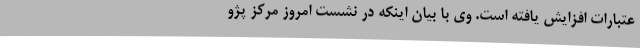
عتبارات افزایش یافته است. وی با بیان اینکه در نشست امروز مرکز پژو